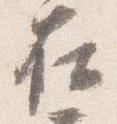
在